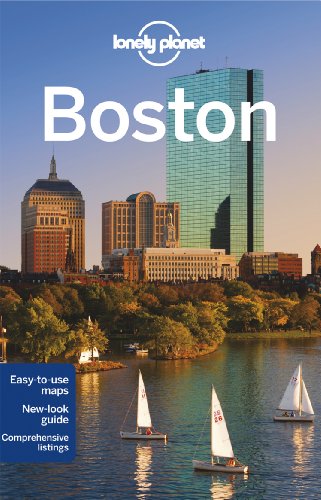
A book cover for Lonely Planet Boston (Travel Guide); Lonely Planet; Travel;